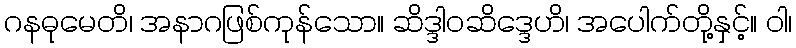
ဂနဓုမေတိ၊ အနာဂဖြစ်ကုန်သော။ ဆိဒ္ဒါဝဆိဒ္ဒေဟိ၊ အပေါက်တို့နှင့်။ ဝါ၊